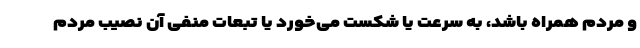
و مردم همراه باشد، به سرعت یا شکست می‌خورد یا تبعات منفی آن نصیب مردم